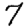
Digit: 7